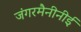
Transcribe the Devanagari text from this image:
जंगरमैनीनीई